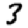
Digit: 3